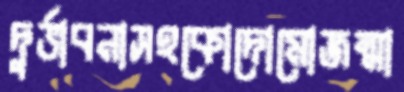
দুর্ভাবনাসহকোদোমোজন্মা